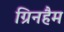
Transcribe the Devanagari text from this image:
ग्रिनहैम